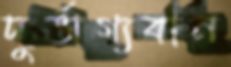
দুর্ভাগ্যবান